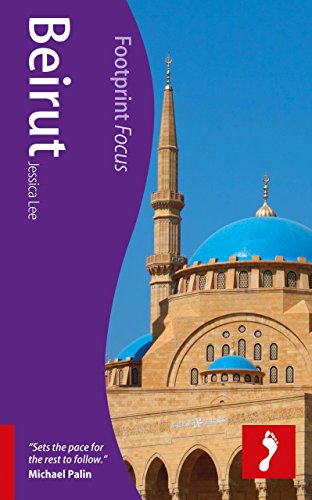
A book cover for Beirut (Footprint Focus); Jessica Lee; Travel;